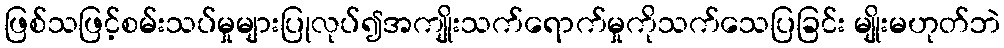
ဖြစ်သဖြင့်စမ်းသပ်မှုများပြုလုပ်၍အကျိုးသက်ရောက်မှုကိုသက်သေပြခြင်း မျိုးမဟုတ်ဘဲ